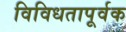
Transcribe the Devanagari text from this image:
विविधतापूर्वक